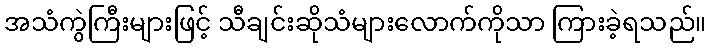
အသံကွဲကြီးများဖြင့် သီချင်းဆိုသံများလောက်ကိုသာ ကြားခဲ့ရသည်။